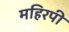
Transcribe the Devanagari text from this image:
महिरपी